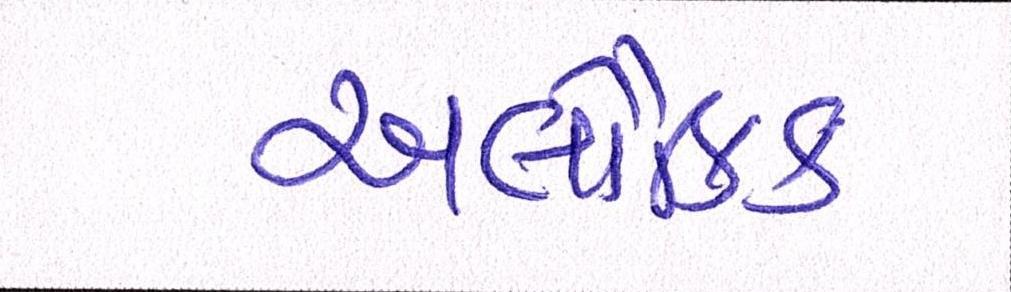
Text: અલૌકિક